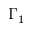
\Gamma _ { 1 }